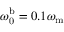
\omega _ { \mathrm { 0 } } ^ { \mathrm { b } } = 0 . 1 \omega _ { \mathrm { m } }